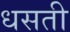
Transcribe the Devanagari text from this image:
धसती